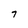
Character: 7